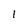
Character: l